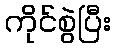
ကိုင်စွဲပြီး